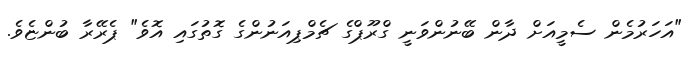
"އަހަރުމެން ސެމީއަށް ދާން ބޭނުންވަނީ ގްރޫޕްގެ ޗެމްޕިއަނުންގެ ގޮތުގައި އޮވެ" ޕެރޭރާ ބުންޏެވެ.